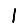
Digit: 1